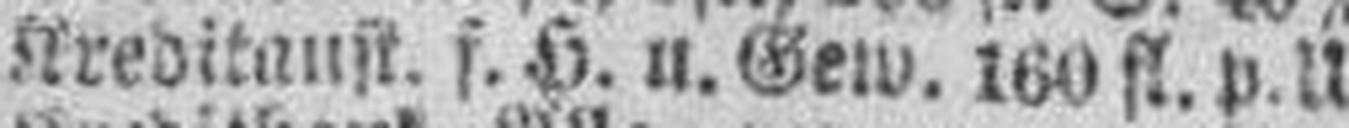
Kreditanst. f. H. u. Gew. 1660 fl. p. U.